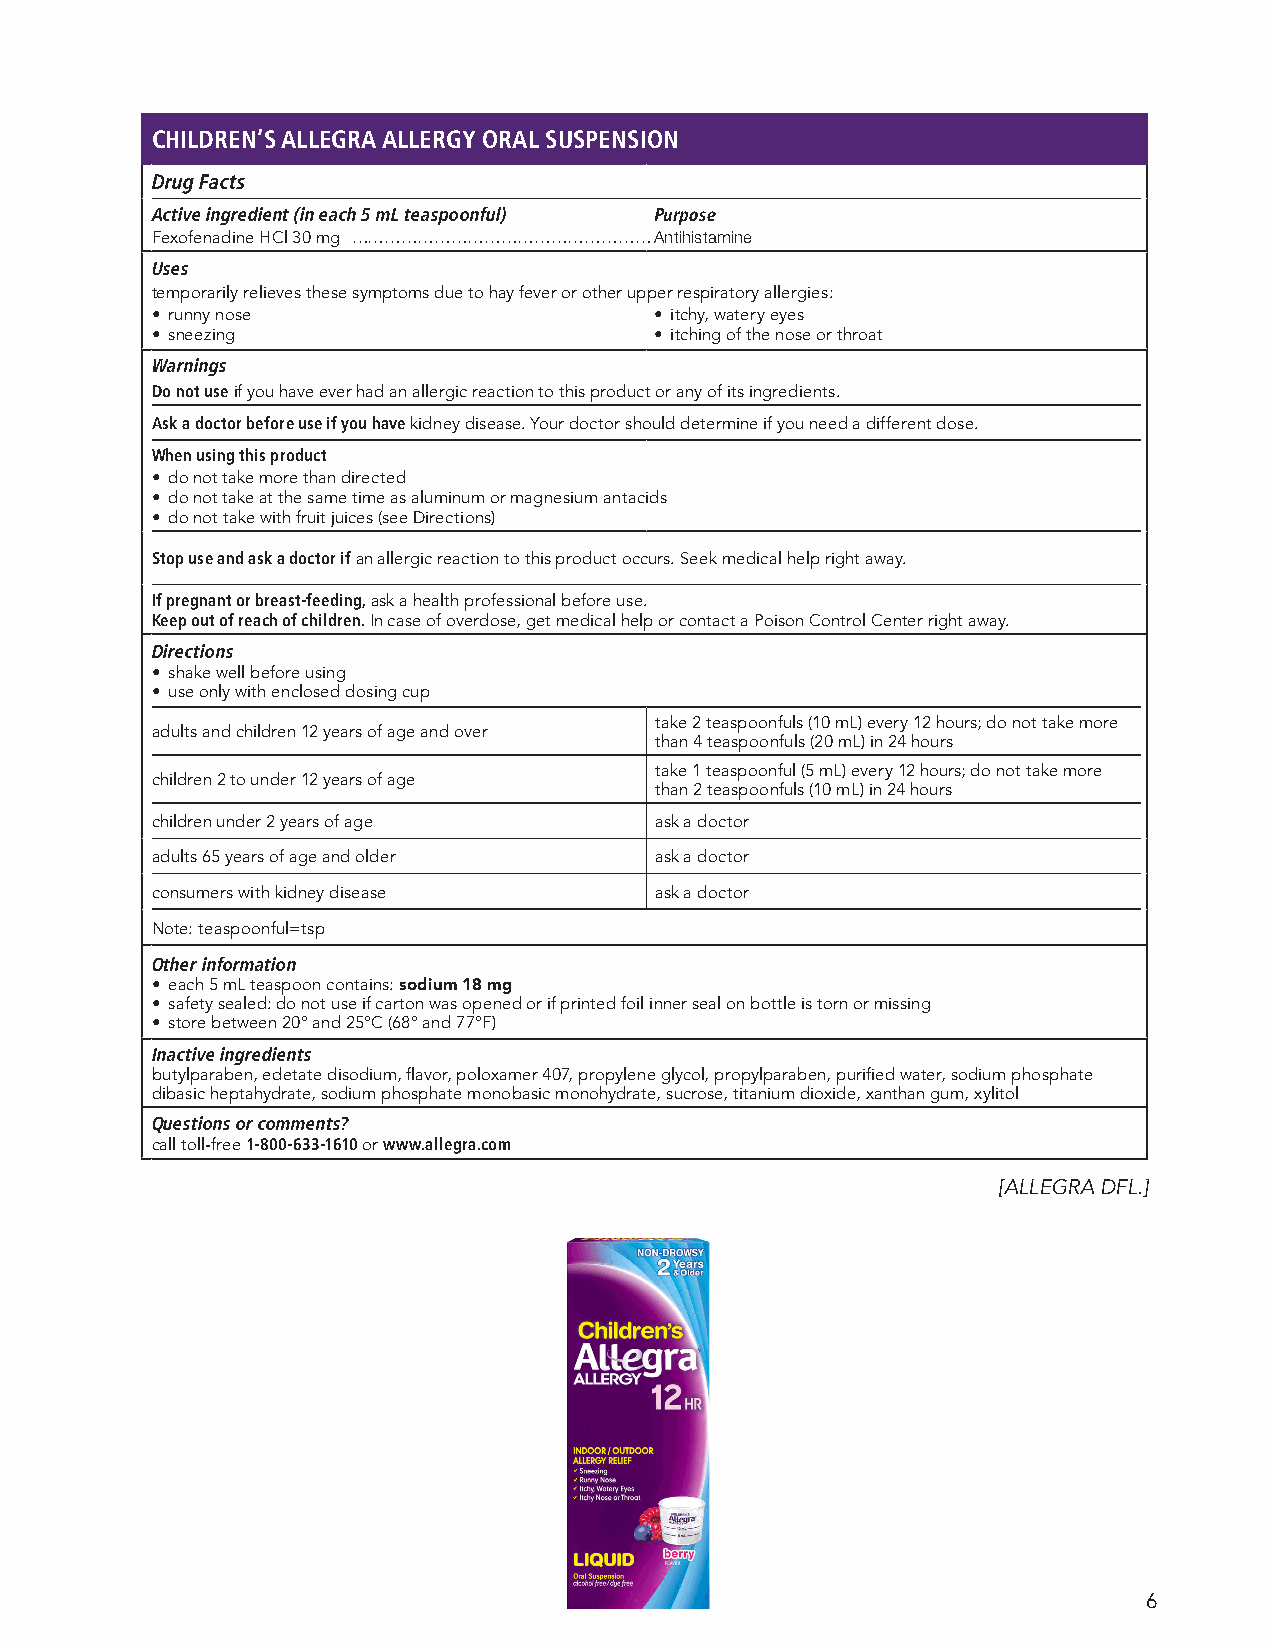
CHILDREN’S ALLEGRA ALLERGY ORAL SUSPENSION
 Drug Facts
 Active ingredient (in each 5 mL teaspoonful) Purpose
 Fexofenadine HCl 30 mg ………………………………………………Antihistamine
 Uses
 temporarily relieves these symptoms due to hay fever or other upper respiratory allergies:
 • runny nose                     • itchy, watery eyes
 • sneezing                       • itching of the nose or throat
 Warnings
 Do not use if you have ever had an allergic reaction to this product or any of its ingredients.
 Ask a doctor before use if you have kidney disease. Your doctor should determine if you need a different dose.
 When using this product
 • do not take more than directed
 • do not take at the same time as aluminum or magnesium antacids
 • do not take with fruit juices (see Directions)
 Stop use and ask a doctor if an allergic reaction to this product occurs. Seek medical help right away.
 If pregnant or breast-feeding, ask a health professional before use.
 Keep out of reach of children. In case of overdose, get medical help or contact a Poison Control Center right away.
 Directions
 • shake well before using
 • use only with enclosed dosing cup
 take 2 teaspoonfuls (10 mL) every 12 hours; do not take more
 adults and children 12 years of age and over
 than 4 teaspoonfuls (20 mL) in 24 hours
 take 1 teaspoonful (5 mL) every 12 hours; do not take more
 children 2 to under 12 years of age
 than 2 teaspoonfuls (10 mL) in 24 hours
 children under 2 years of age    ask a doctor
 adults 65 years of age and older ask a doctor
 consumers with kidney disease    ask a doctor
 Note: teaspoonful=tsp
 Other information
 • each 5 mL teaspoon contains: sodium 18 mg
 • safety sealed: do not use if carton was opened or if printed foil inner seal on bottle is torn or missing
 • store between 20° and 25°C (68° and 77°F)
 Inactive ingredients
 butylparaben, edetate disodium, flavor, poloxamer 407, propylene glycol, propylparaben, purified water, sodium phosphate
 dibasic heptahydrate, sodium phosphate monobasic monohydrate, sucrose, titanium dioxide, xanthan gum, xylitol
 Questions or comments?
 call toll-free 1-800-633-1610 or www.allegra.com
 [ALLEGRA DFL.]
 6